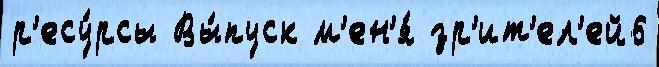
р'есу́рсы Вы́пуск м'ен'я́ зр'ит'ел'ей6